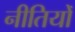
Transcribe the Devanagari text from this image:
नीतियोँ